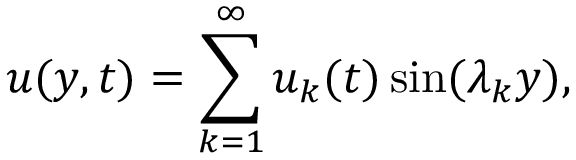
u ( y , t ) = \sum _ { k = 1 } ^ { \infty } u _ { k } ( t ) \sin ( \lambda _ { k } y ) ,